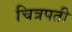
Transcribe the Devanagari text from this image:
चित्रपती